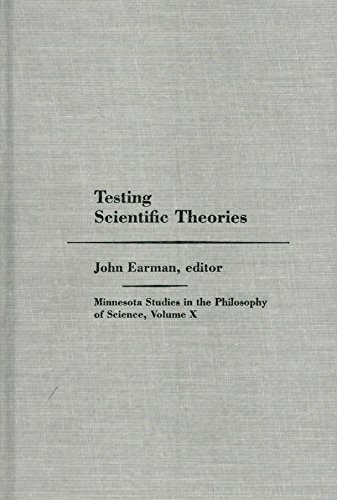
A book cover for Testing Scientific Theories: Minnesota Studies in the Philosophy of Science; Science & Math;